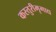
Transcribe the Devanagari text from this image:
कस्तुरीमृगाद्य